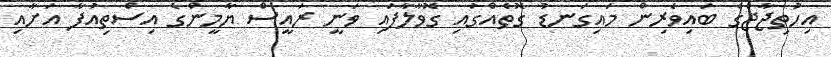
އިހުތިޖާޖްގެ ބައިވެރިން މައިގަނޑު ގޮތެއްގައި ގޮވާލާފައި ވަނީ ރައީސް ޔާމީންގެ އިސްތިއުފާ އަށާއި